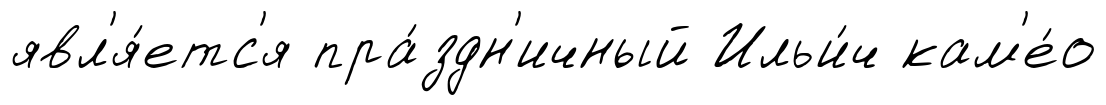
явл'я́етс'я пра́здн'ичный Ильи́ч кам'е́о